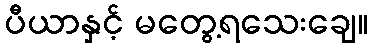
ပီယာနှင့် မတွေ့ရသေးချေ။